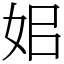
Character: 㚶